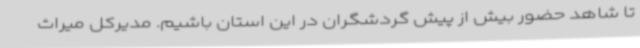
تا شاهد حضور بیش از پیش گردشگران در این استان باشیم. مدیرکل میراث